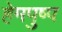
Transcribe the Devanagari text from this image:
हेमपुष्प